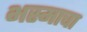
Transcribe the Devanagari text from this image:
भस्माचा